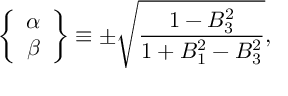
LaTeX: \left\{ \begin{array} { c } { { \alpha } } \\ { { \beta } } \end{array} \right\} \equiv \pm \sqrt \frac { 1 - B _ { 3 } ^ { 2 } } { 1 + B _ { 1 } ^ { 2 } - B _ { 3 } ^ { 2 } } ,